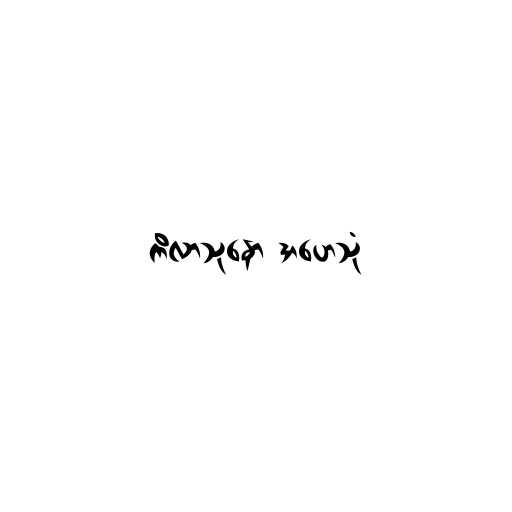
ကိလာသုနော အဟေသုံ